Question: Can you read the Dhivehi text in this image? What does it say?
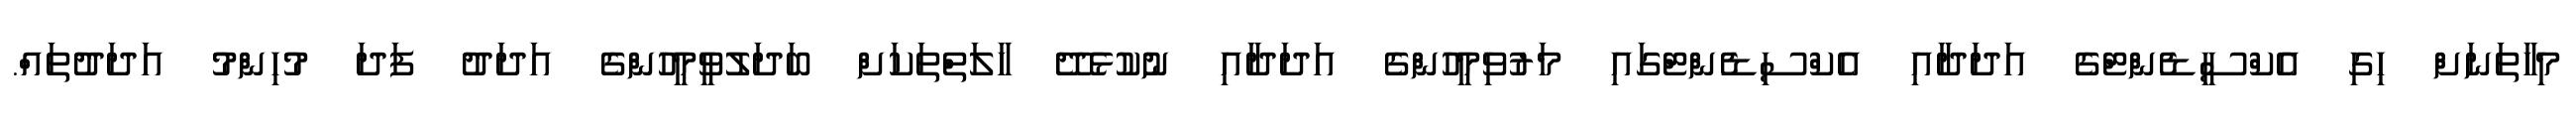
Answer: މިހާތަނަށް ހިގި އެކްސީޑެންޓްގެ އަދަދާއި އެކްސިޑެންޓްގައި މަރުވިމީހުންގެ އަދަދާއި ނުކުޅެދޭ ހާލަތްތަކަށް ބަދަލުވީމީހުންގެ އަދަދު ފަދަ މުހިންމު އަދަދުތައް.